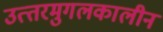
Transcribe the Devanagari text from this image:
उत्‍तरमुगलकालीन